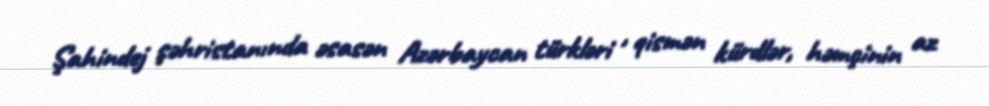
Şahindej şəhristanında əsasən Azərbaycan türkləri , qismən kürdlər, həmçinin az